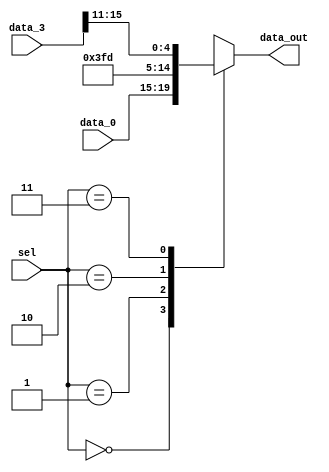
module mux_RegDest (
    input wire [1:0] sel,
    input wire [4:0] data_0, // inst[20:16] (RT)
    input wire [15:0] data_3, // inst[15:11]
    output reg [4:0] data_out
);
    always @(*) begin
        case (sel)
            2'd0: data_out = data_0;
            2'd1: data_out = 5'd31;
            2'd2: data_out = 5'd29;
            2'd3: data_out = data_3[15:11];
            default: data_out = data_0;
        endcase 
    end 

endmodule